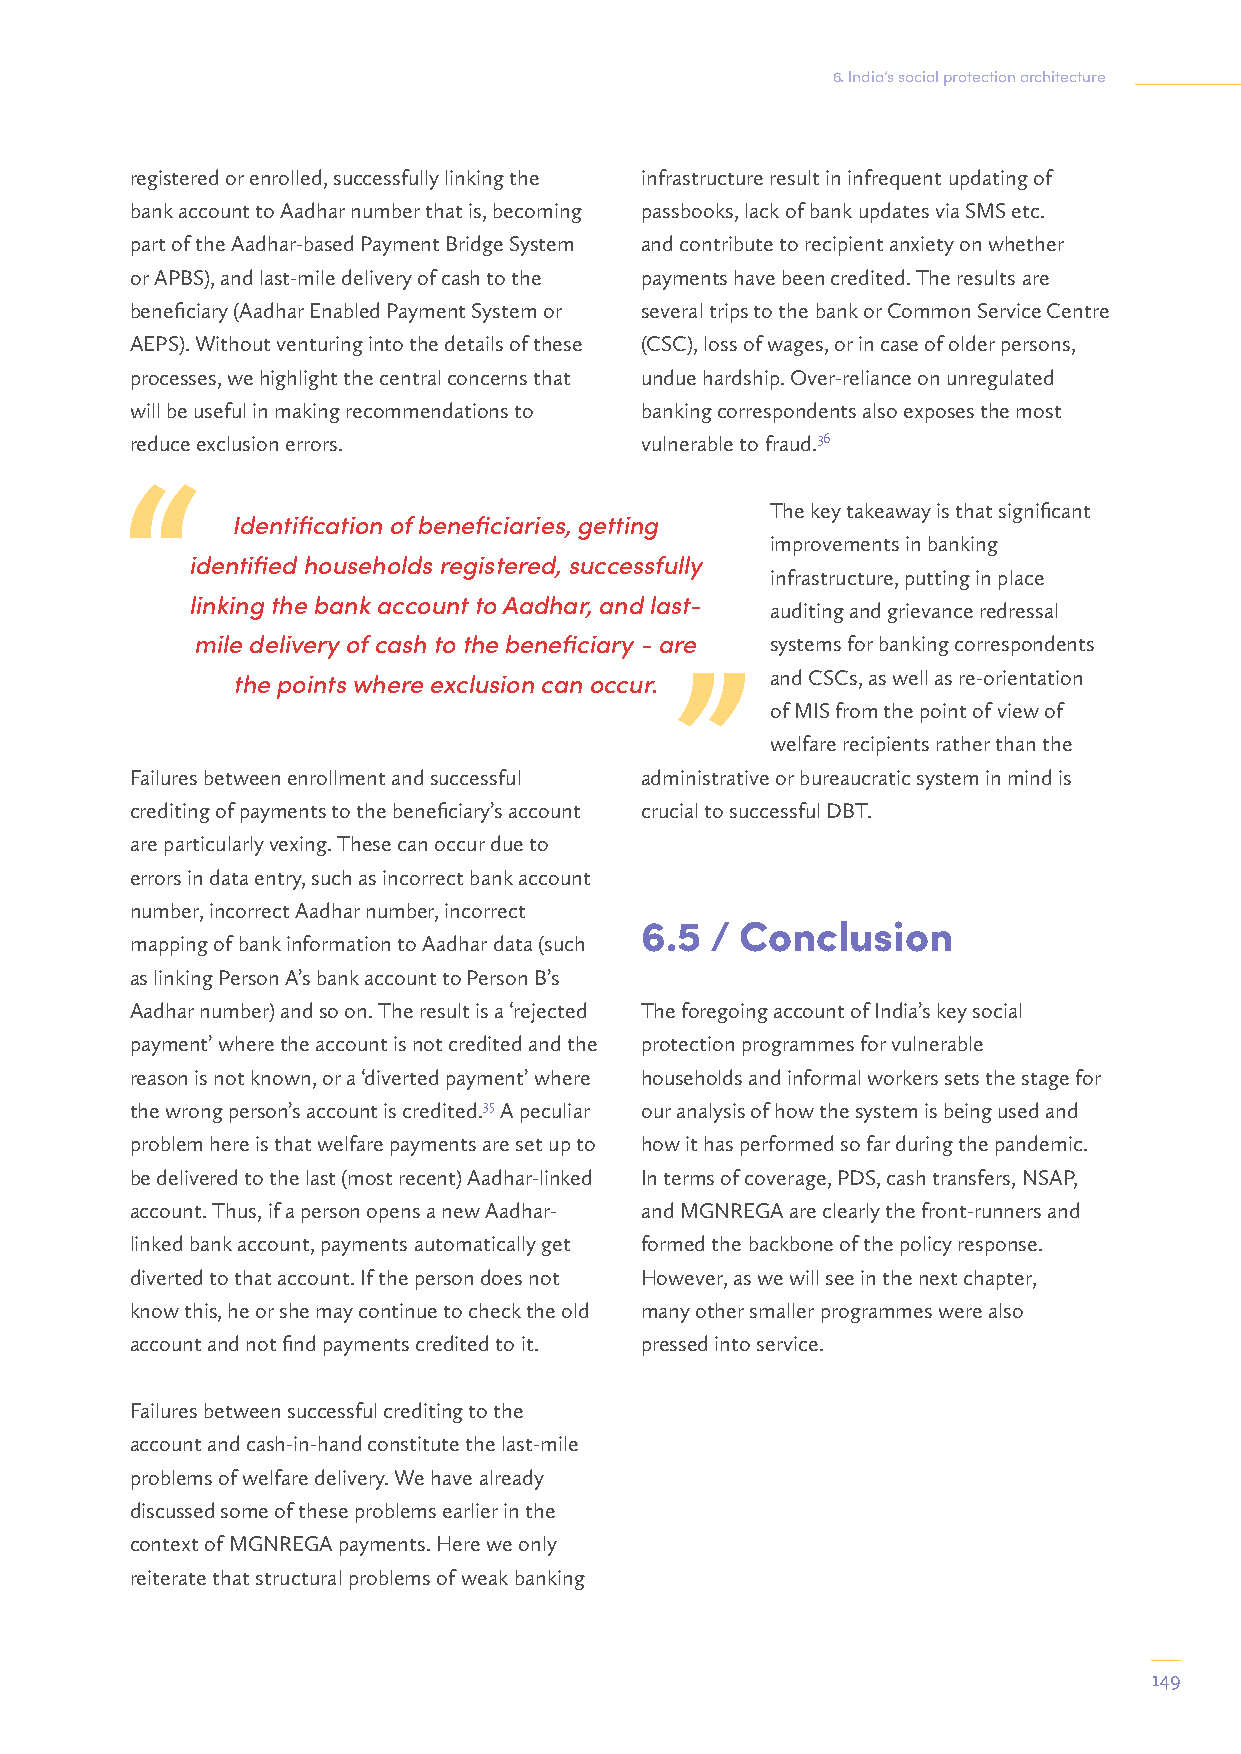
6. India’s social protection architecture
 registered or enrolled, successfully linking the infrastructure result in infrequent updating of
 bank account to Aadhar number that is, becoming passbooks, lack of bank updates via SMS etc.
 part of the Aadhar-based Payment Bridge System and contribute to recipient anxiety on whether
 or APBS), and last-mile delivery of cash to the payments have been credited. The results are
 beneficiary (Aadhar Enabled Payment System or several trips to the bank or Common Service Centre
 AEPS). Without venturing into the details of these (CSC), loss of wages, or in case of older persons,
 processes, we highlight the central concerns that undue hardship. Over-reliance on unregulated
 will be useful in making recommendations to banking correspondents also exposes the most
 reduce exclusion errors.         vulnerable to fraud.36
 The key takeaway is that significant
 Identification of beneficiaries, getting
 improvements in banking
 identified households registered, successfully
 infrastructure, putting in place
 linking the bank account to Aadhar, and last- auditing and grievance redressal
 mile delivery of cash to the beneficiary - are systems for banking correspondents
 and CSCs, as well as re-orientation
 the points where exclusion can occur.
 of MIS from the point of view of
 welfare recipients rather than the
 Failures between enrollment and successful administrative or bureaucratic system in mind is
 crediting of payments to the beneficiary’s account crucial to successful DBT.
 are particularly vexing. These can occur due to
 errors in data entry, such as incorrect bank account
 number, incorrect Aadhar number, incorrect
 6.5  / Conclusion
 mapping of bank information to Aadhar data (such
 as linking Person A’s bank account to Person B’s
 Aadhar number) and so on. The result is a ‘rejected The foregoing account of India’s key social
 payment’ where the account is not credited and the protection programmes for vulnerable
 reason is not known, or a ‘diverted payment’ where households and informal workers sets the stage for
 the wrong person’s account is credited.35 A peculiar our analysis of how the system is being used and
 problem here is that welfare payments are set up to how it has performed so far during the pandemic.
 be delivered to the last (most recent) Aadhar-linked In terms of coverage, PDS, cash transfers, NSAP,
 account. Thus, if a person opens a new Aadhar- and MGNREGA are clearly the front-runners and
 linked bank account, payments automatically get formed the backbone of the policy response.
 diverted to that account. If the person does not However, as we will see in the next chapter,
 know this, he or she may continue to check the old many other smaller programmes were also
 account and not find payments credited to it. pressed into service.
 Failures between successful crediting to the
 account and cash-in-hand constitute the last-mile
 problems of welfare delivery. We have already
 discussed some of these problems earlier in the
 context of MGNREGA payments. Here we only
 reiterate that structural problems of weak banking
 149